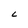
Character: C